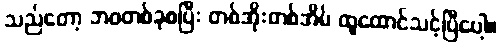
သည်တော့ ဘဝတစ်ခုစပြီး တစ်အိုးတစ်အိမ် ထူထောင်သင့်ပြီပေါ့။